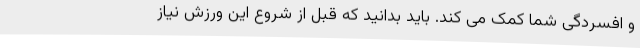
و افسردگی شما کمک می کند. باید بدانید که قبل از شروع این ورزش نیاز